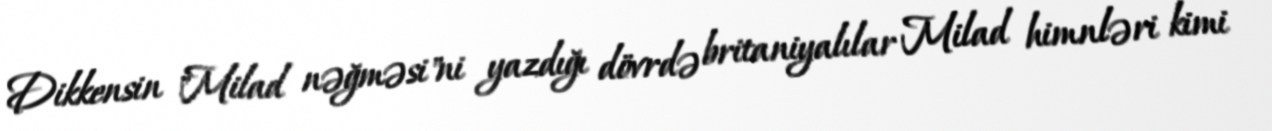
Dikkensin "Milad nəğməsi"ni yazdığı dövrdə britaniyalılar Milad himnləri kimi